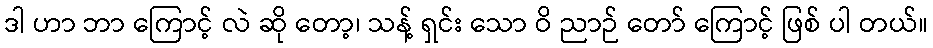
ဒါ ဟာ ဘာ ကြောင့် လဲ ဆို တော့၊ သန့် ရှင်း သော ဝိ ညာဉ် တော် ကြောင့် ဖြစ် ပါ တယ်။